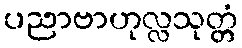
ပညာဗာဟုလ္လသုတ္တံ